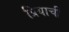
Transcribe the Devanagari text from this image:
प्रियाची